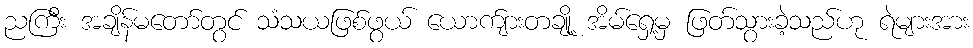
ညကြီး အချိန်မတော်တွင် သံသယဖြစ်ဖွယ် ယောက်ျားတချို့ အိမ်ရှေ့မှ ဖြတ်သွားခဲ့သည်ဟု ရဲများအား